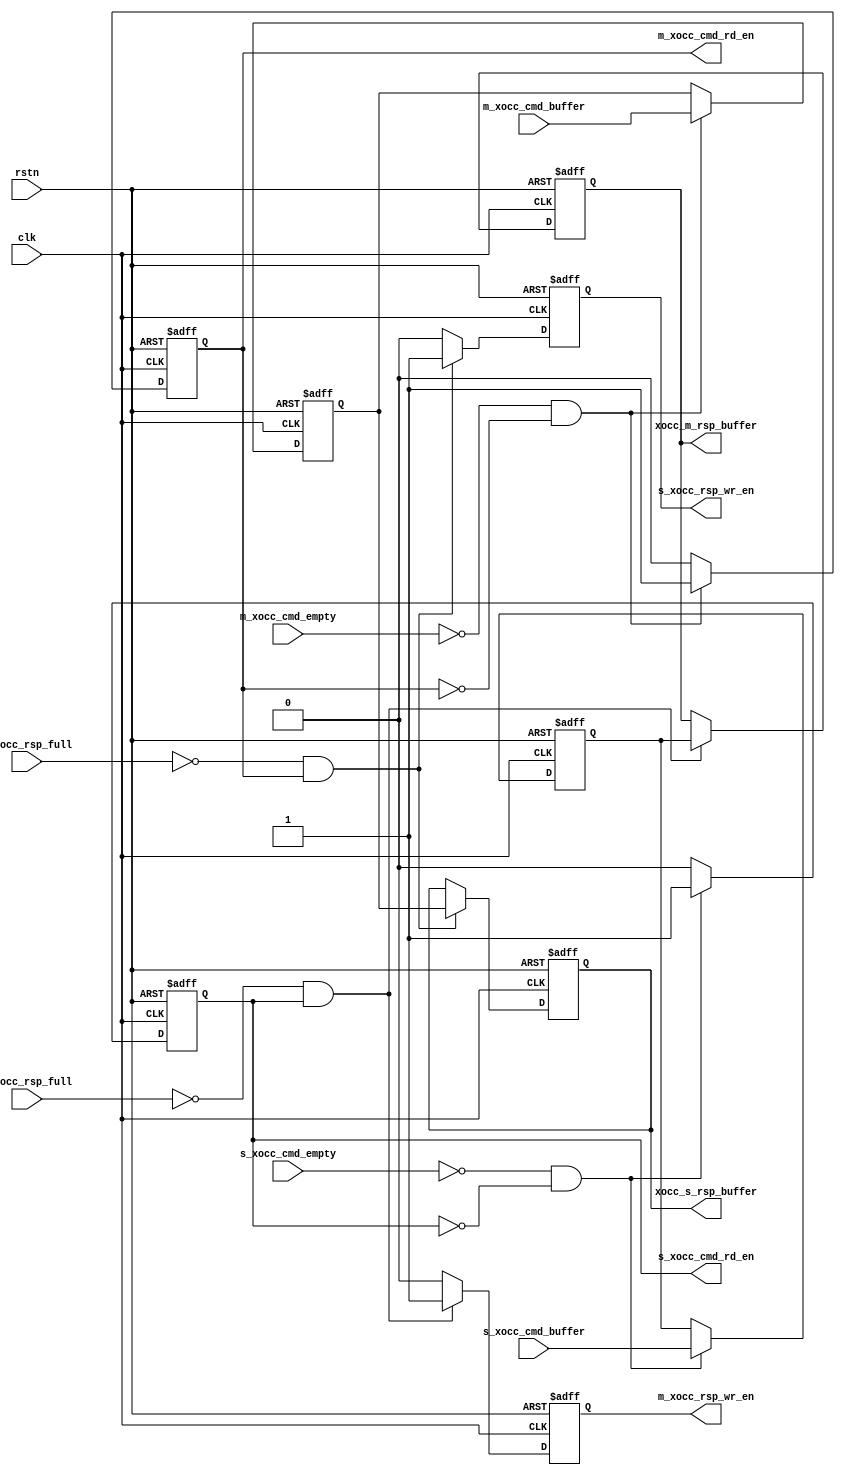
module xocc_connect(
  clk,
  m_xocc_cmd_buffer,
  m_xocc_cmd_empty,
  m_xocc_cmd_rd_en,
  m_xocc_rsp_full,
  m_xocc_rsp_wr_en,
  rstn,
  s_xocc_cmd_buffer,
  s_xocc_cmd_empty,
  s_xocc_cmd_rd_en,
  s_xocc_rsp_full,
  s_xocc_rsp_wr_en,
  xocc_m_rsp_buffer,
  xocc_s_rsp_buffer
);

// &Ports; @2
input           clk;                  
input   [31:0]  m_xocc_cmd_buffer;    
input           m_xocc_cmd_empty;     
input           m_xocc_rsp_full;      
input           rstn;                 
input   [31:0]  s_xocc_cmd_buffer;    
input           s_xocc_cmd_empty;     
input           s_xocc_rsp_full;      
output          m_xocc_cmd_rd_en;     
output          m_xocc_rsp_wr_en;     
output          s_xocc_cmd_rd_en;     
output          s_xocc_rsp_wr_en;     
output  [31:0]  xocc_m_rsp_buffer;    
output  [31:0]  xocc_s_rsp_buffer;    

// &Regs; @3
reg     [31:0]  cmd_reg;              
reg             m_xocc_cmd_rd_en;     
reg             m_xocc_cmd_rd_en_reg; 
reg             m_xocc_rsp_wr_en;     
reg     [31:0]  rsp_reg;              
reg             s_xocc_cmd_rd_en;     
reg             s_xocc_cmd_rd_en_reg; 
reg             s_xocc_rsp_wr_en;     
reg     [31:0]  xocc_m_rsp_buffer;    
reg     [31:0]  xocc_m_rsp_buffer_reg; 
reg     [31:0]  xocc_s_rsp_buffer;    
reg     [31:0]  xocc_s_rsp_buffer_reg; 

// &Wires; @4
wire            clk;                  
wire    [31:0]  m_xocc_cmd_buffer;    
wire            m_xocc_cmd_empty;     
wire            m_xocc_rsp_full;      
wire            rstn;                 
wire    [31:0]  s_xocc_cmd_buffer;    
wire            s_xocc_cmd_empty;     
wire            s_xocc_rsp_full;      


    parameter CMD_WIDTH = 32;
    parameter RSP_WIDTH = 32;

    always@(posedge clk or negedge rstn) begin
        if(!rstn) begin
            m_xocc_cmd_rd_en_reg <= 1'b0;
            cmd_reg[CMD_WIDTH-1:0] <={CMD_WIDTH{1'b0}};
        end
        else if(~m_xocc_cmd_empty & ~m_xocc_cmd_rd_en_reg) begin
            m_xocc_cmd_rd_en_reg <= 1'b1;
            cmd_reg[CMD_WIDTH-1:0] <= m_xocc_cmd_buffer[CMD_WIDTH-1:0];
        end else begin
            m_xocc_cmd_rd_en_reg <= 1'b0;
            cmd_reg[CMD_WIDTH-1:0] <= cmd_reg[CMD_WIDTH-1:0];
        end
    end

    always@(posedge clk or negedge rstn) begin
        if(!rstn) begin
            s_xocc_rsp_wr_en <= 1'b0;
            xocc_s_rsp_buffer_reg[CMD_WIDTH-1:0] <={RSP_WIDTH{1'b0}};
        end
        else if(~s_xocc_rsp_full & m_xocc_cmd_rd_en_reg) begin
            s_xocc_rsp_wr_en <= 1'b1;
            xocc_s_rsp_buffer_reg[CMD_WIDTH-1:0] <= cmd_reg[CMD_WIDTH-1:0];
        end else begin
            s_xocc_rsp_wr_en <= 1'b0;
            xocc_s_rsp_buffer_reg[CMD_WIDTH-1:0] <= xocc_s_rsp_buffer_reg[CMD_WIDTH-1:0];
        end
    end

    always@(posedge clk or negedge rstn) begin
        if(!rstn) begin
            s_xocc_cmd_rd_en_reg <= 1'b0;
            rsp_reg[CMD_WIDTH-1:0] <={RSP_WIDTH{1'b0}};
        end
        else if(~s_xocc_cmd_empty & ~s_xocc_cmd_rd_en_reg) begin
            s_xocc_cmd_rd_en_reg <= 1'b1;
            rsp_reg[CMD_WIDTH-1:0] <= s_xocc_cmd_buffer[CMD_WIDTH-1:0];
        end else begin
            s_xocc_cmd_rd_en_reg <= 1'b0;
            rsp_reg[CMD_WIDTH-1:0] <= rsp_reg[CMD_WIDTH-1:0];
        end
    end

    always@(posedge clk or negedge rstn) begin
        if(!rstn) begin
            m_xocc_rsp_wr_en <= 1'b0;
            xocc_m_rsp_buffer_reg[CMD_WIDTH-1:0] <={RSP_WIDTH{1'b0}};
        end
        else if(~m_xocc_rsp_full & s_xocc_cmd_rd_en_reg) begin
            m_xocc_rsp_wr_en <= 1'b1;
            xocc_m_rsp_buffer_reg[CMD_WIDTH-1:0] <= rsp_reg[CMD_WIDTH-1:0];
        end else begin
            m_xocc_rsp_wr_en <= 1'b0;
            xocc_m_rsp_buffer_reg[CMD_WIDTH-1:0] <= xocc_m_rsp_buffer_reg[CMD_WIDTH-1:0];
        end
    end

    assign xocc_s_rsp_buffer[RSP_WIDTH-1:0] = xocc_s_rsp_buffer_reg[RSP_WIDTH-1:0];
    assign xocc_m_rsp_buffer[RSP_WIDTH-1:0] = xocc_m_rsp_buffer_reg[RSP_WIDTH-1:0];
    assign m_xocc_cmd_rd_en = m_xocc_cmd_rd_en_reg;
    assign s_xocc_cmd_rd_en = s_xocc_cmd_rd_en_reg;

// &ModuleEnd @70
endmodule